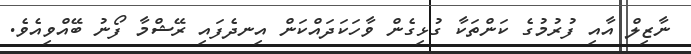
ނާޒިލް އާއި ފުރުމުގެ ކަންތަކާ ގުޅިގެން ވާހަކަދައްކަން އިނދެފައި ރޭޝްމާ ފޯނު ބޭއްވިއެވެ.